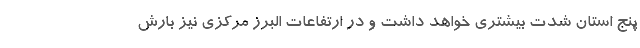
پنج استان شدت بیشتری خواهد داشت و در ارتفاعات البرز مرکزی نیز بارش